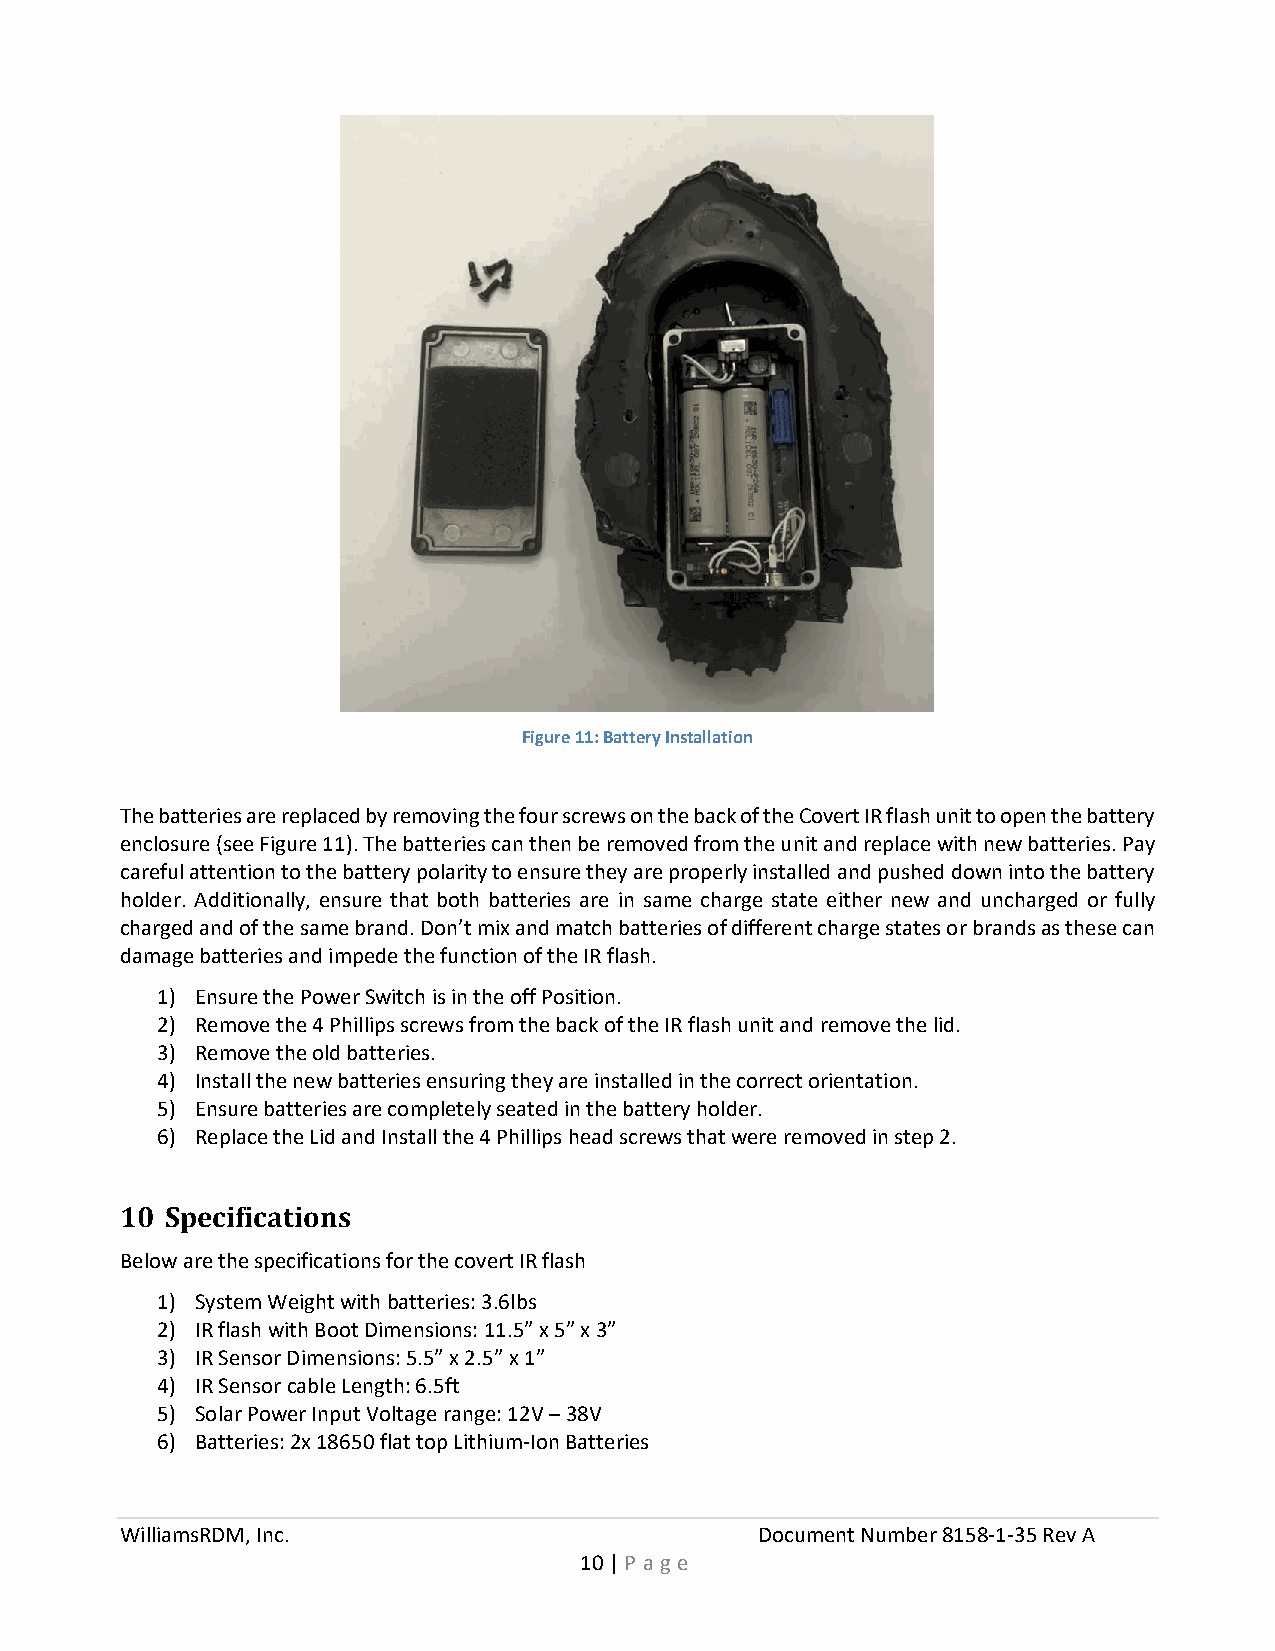
Figure 11: Battery Installation
 The batteries are replaced by removing the four screws on the back of the Covert IR flash unit to open the battery
 enclosure (see Figure 11). The batteries can then be removed from the unit and replace with new batteries. Pay
 careful attention to the battery polarity to ensure they are properly installed and pushed down into the battery
 holder. Additionally, ensure that both batteries are in same charge state either new and uncharged or fully
 charged and of the same brand. Don’t mix and match batteries of different charge states or brands as these can
 damage batteries and impede the function of the IR flash.
 1) Ensure the Power Switch is in the off Position.
 2) Remove the 4 Phillips screws from the back of the IR flash unit and remove the lid.
 3) Remove the old batteries.
 4) Install the new batteries ensuring they are installed in the correct orientation.
 5) Ensure batteries are completely seated in the battery holder.
 6) Replace the Lid and Install the 4 Phillips head screws that were removed in step 2.
 10 Specifications
 Below are the specifications for the covert IR flash
 1) System Weight with batteries: 3.6lbs
 2) IR flash with Boot Dimensions: 11.5” x 5” x 3”
 3) IR Sensor Dimensions: 5.5” x 2.5” x 1”
 4) IR Sensor cable Length: 6.5ft
 5) Solar Power Input Voltage range: 12V – 38V
 6) Batteries: 2x 18650 flat top Lithium-Ion Batteries
 WilliamsRDM, Inc.                         Document Number 8158-1-35 Rev A
 10 | P a ge